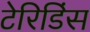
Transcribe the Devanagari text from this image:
टेरिडिंस